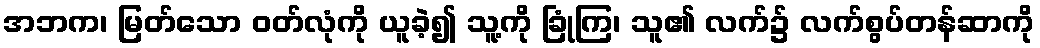
အဘက၊ မြတ်သော ဝတ်လုံကို ယူခဲ့၍ သူ့ကို ခြုံကြ၊ သူ၏ လက်၌ လက်စွပ်တန်ဆာကို